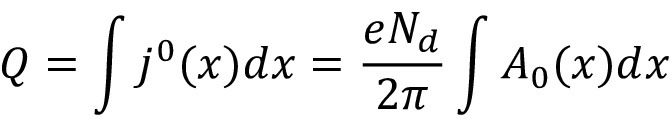
Q = \int j ^ { 0 } ( x ) d x = \frac { e N _ { d } } { 2 \pi } \int A _ { 0 } ( x ) d x